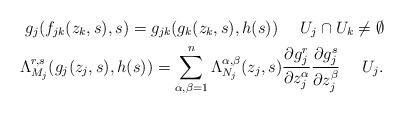
LaTeX: \begin{align*}g_j(f_{jk}(z_k,s),s)=g_{jk}(g_k(z_k,s),h(s)) \,\,\,\,\,\,\,\,U_j\cap U_k\ne \emptyset \\\Lambda_{M_j}^{r,s}(g_j(z_j,s),h(s))=\sum_{\alpha,\beta=1}^n \Lambda_{N_j}^{\alpha,\beta}(z_j,s)\frac{\partial g_j^r}{\partial z_j^{\alpha}}\frac{\partial g_j^s}{\partial z_j^{\beta}}\,\,\,\,\,\,\,\,U_j.\end{align*}